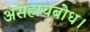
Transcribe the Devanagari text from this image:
असहायबोध।